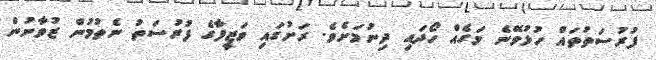
ފުރުސަތުތައް ހުޅުވޭނެ މަގެއް ހޯދައި ދިނުމަށެވެ. ރަށުގައި ވަޒީފާގެ ފުރުސަތު ނެތުމުން ޒުވާނުން